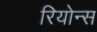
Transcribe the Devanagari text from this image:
रियोन्स